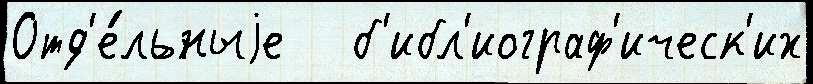
Отд'е́льныjе   б'ибл'иограф'ическ'их